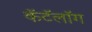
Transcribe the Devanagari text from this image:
कॅटॅलॉग